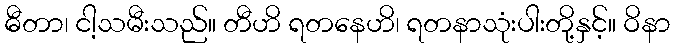
ဓီတာ၊ ငါ့သမီးသည်။ တီဟိ ရတနေဟိ၊ ရတနာသုံးပါးတို့နှင့်။ ဝိနာ